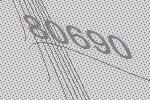
80690